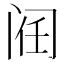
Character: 𲈻